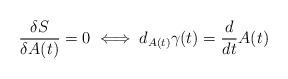
LaTeX: \begin{align*}\frac{\delta S}{\delta A(t)}=0 \iff d_{A(t)}\gamma(t) = \frac{d}{dt}A(t)\end{align*}